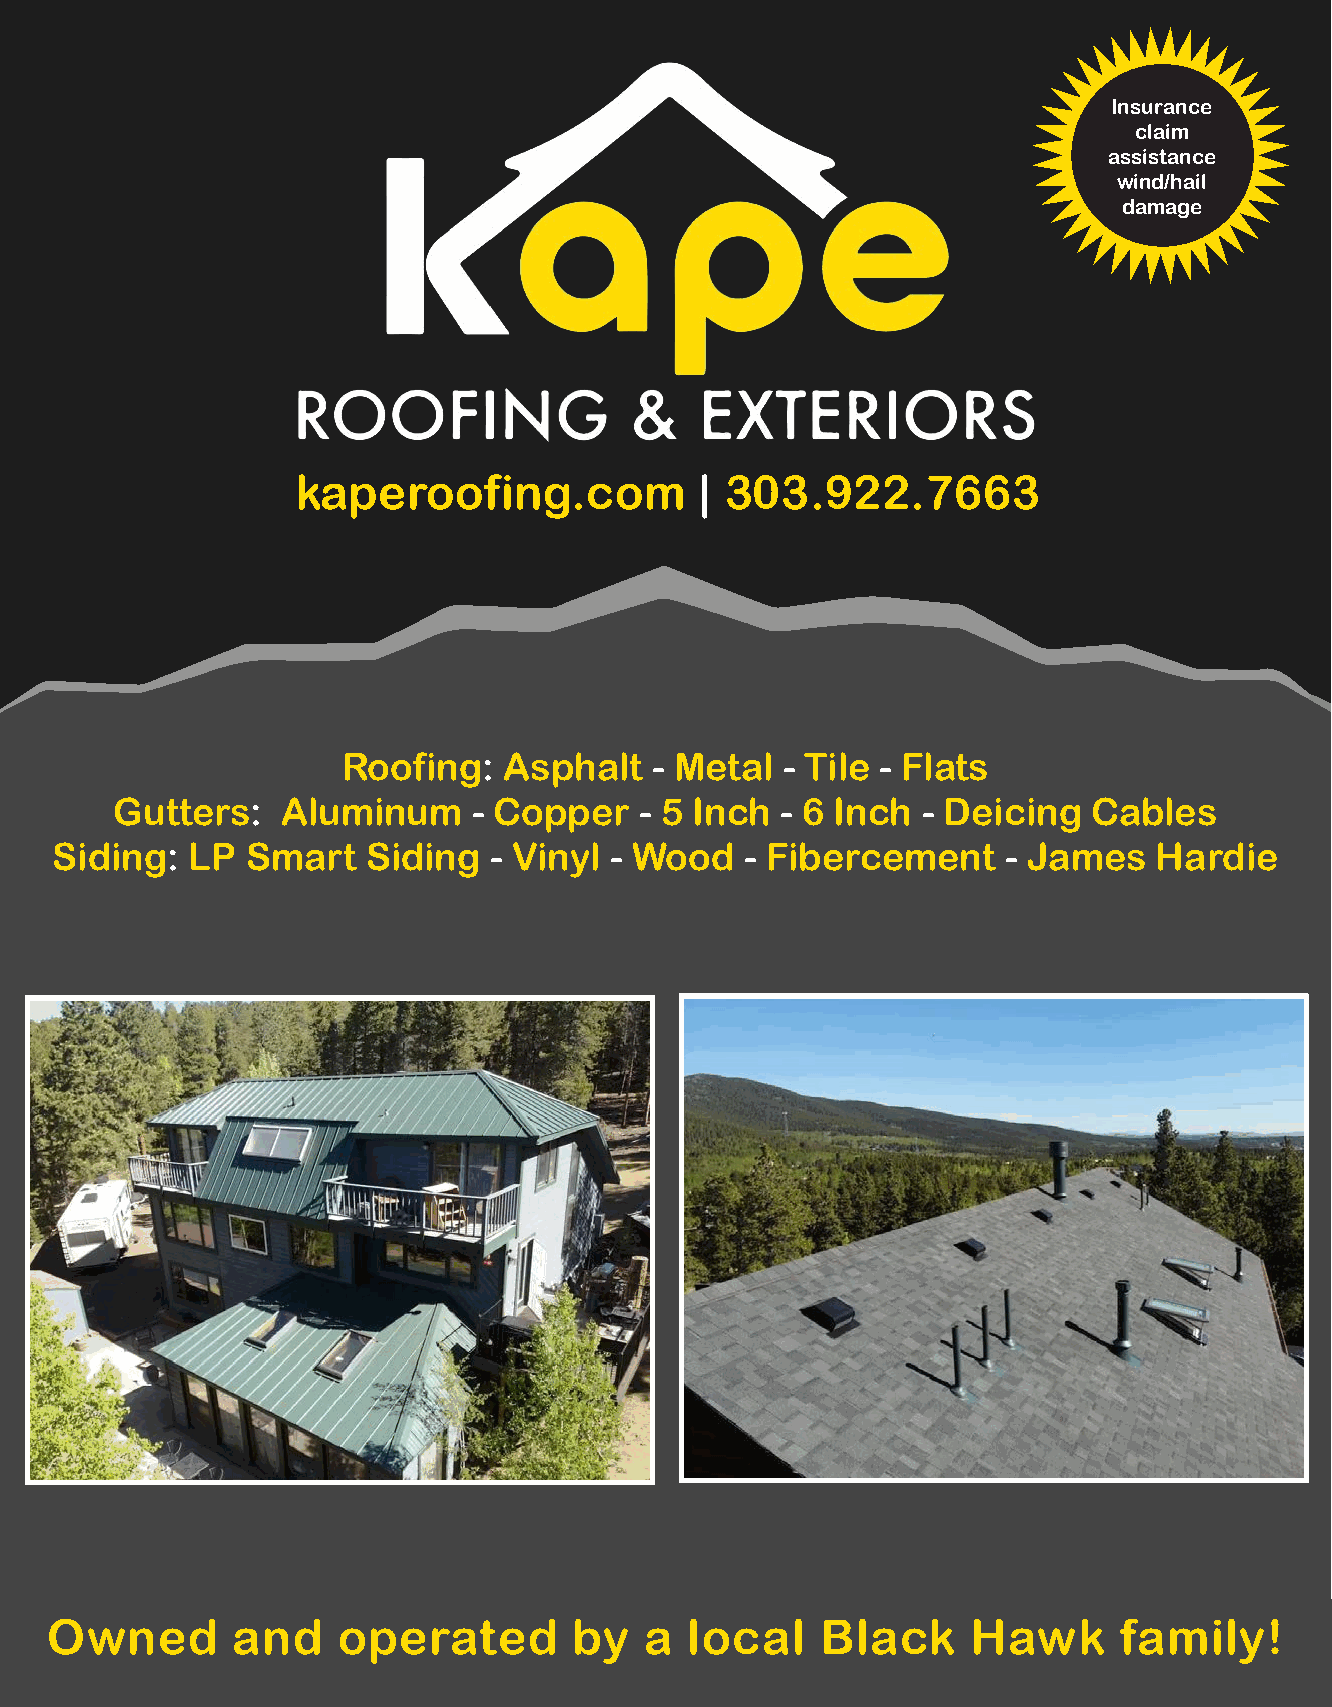
Insurance
 claim
 assistance
 wind/hail
 damage
 kaperoofing.com            | 303.922.7663
 Roofing:  Asphalt   - Metal  - Tile - Flats
 Gutters:   Aluminum    - Copper   - 5 Inch  - 6 Inch - Deicing  Cables
 Siding:  LP  Smart   Siding  - Vinyl - Wood   - Fibercement    - James   Hardie
 Owned       and    operated        by   a local    Black     Hawk      family!